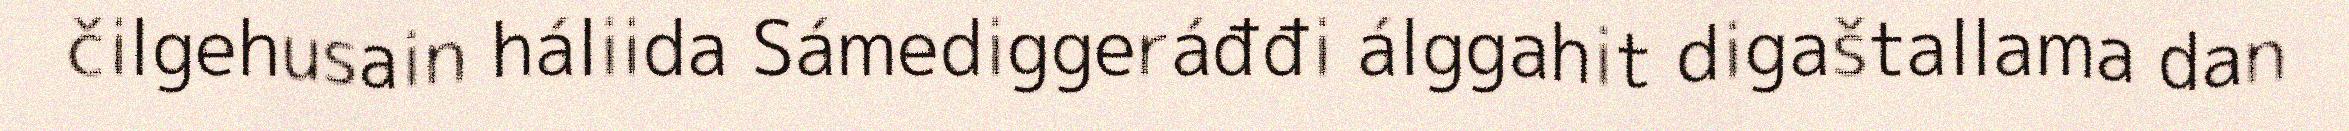
čilgehusain háliida Sámediggeráđđi álggahit digaštallama dan